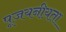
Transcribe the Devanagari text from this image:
पूजयनीयता